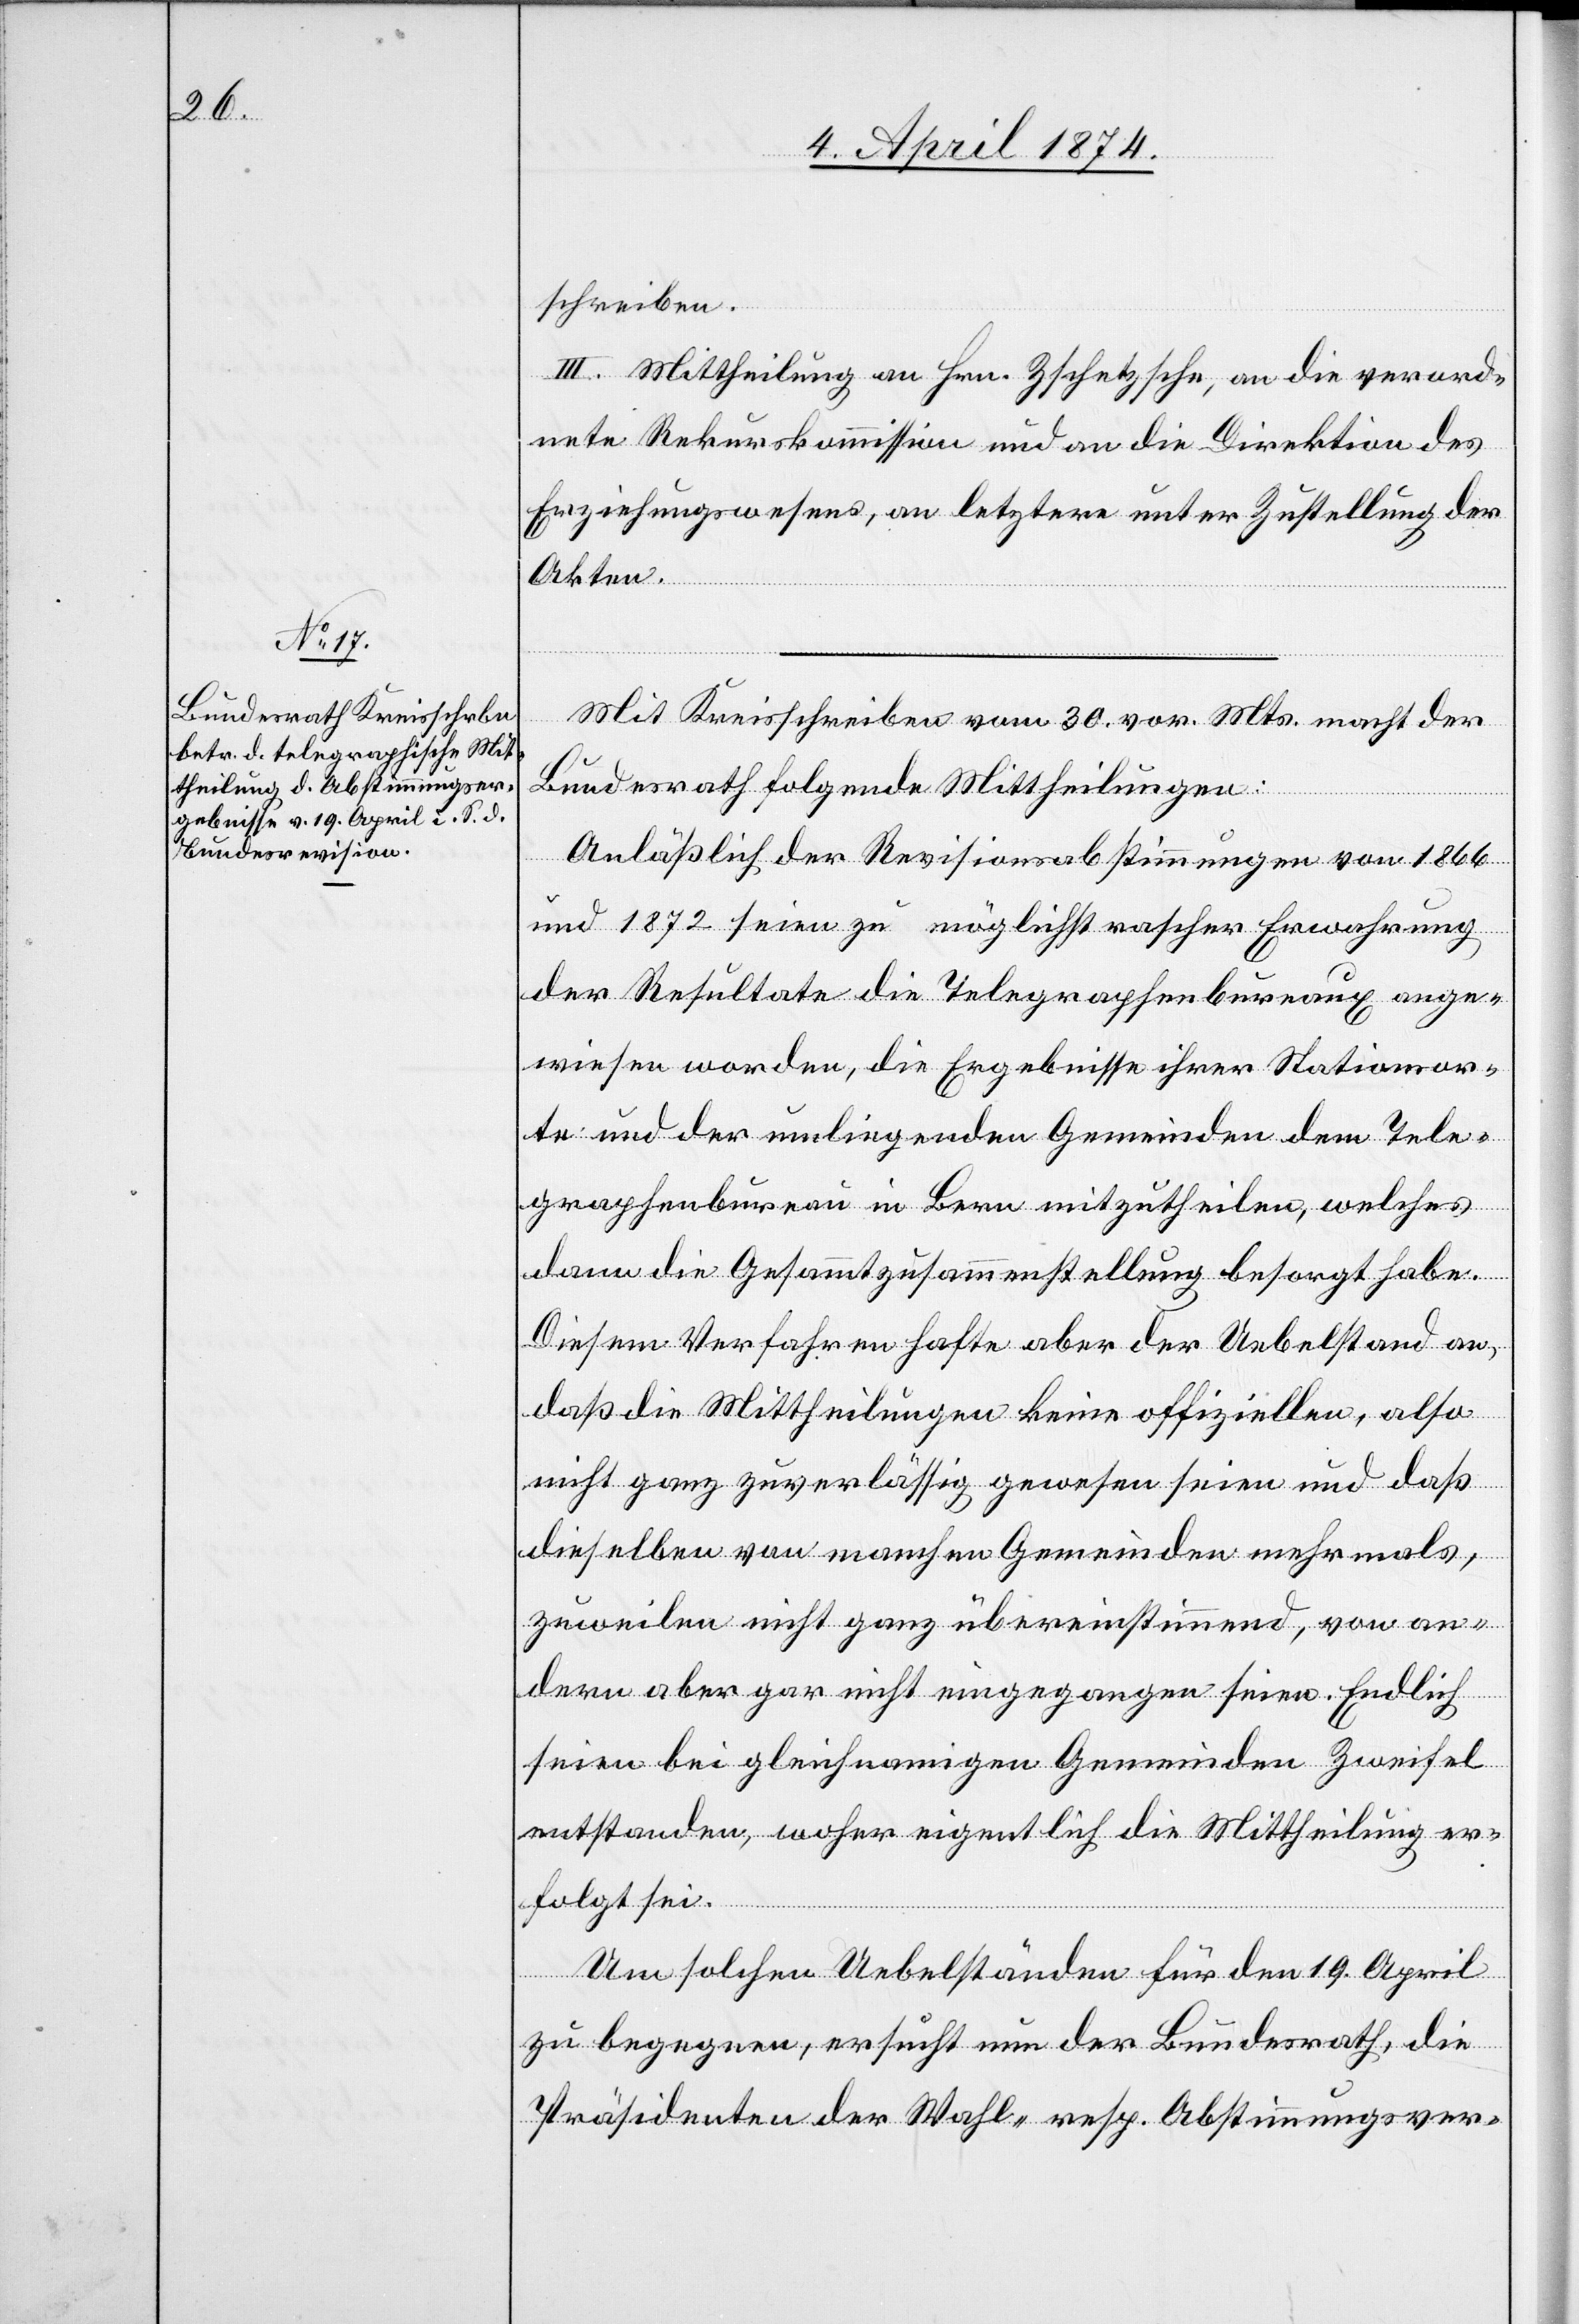
schreiben.
III. Mittheilung an Hrn. Zschetzsche, an die verord¬
nete Rekurskommission und an die Direktion des
Erziehungswesens, an letztere unter Zustellung der
Akten.
Mit Kreisschreiben vom 30. vor. Mts. macht der
Bundesrath folgende Mittheilungen:
Anläßlich der Revisionsabstimmungen von 1866
und 1872 seien zu möglichst rascher Erwahrung
der Resultate die Telegraphenbureaux ange¬
wiesen worden, die Ergebnisse ihrer Stationsor¬
te und der umliegenden Gemeinden dem Tele¬
graphenbureau in Bern mitzutheilen, welches
dann die Gesammtzusammenstellung besorgt habe.
Diesem Verfahren hafte aber der Uebelstand an,
daß die Mittheilungen keine offiziellen, also
nicht ganz zuverlässig gewesen seien und daß
dieselben von manchen Gemeinden mehrmals,
zuweilen nicht ganz übereinstimmend, von an¬
dern aber gar nicht eingegangen seien. Endlich
seien bei gleichnamigen Gemeinden Zweifel
entstanden, woher eigentlich die Mittheilung er¬
folgt sei.
Um solchen Uebelständen für den 19. April
zu begegnen, ersucht nun der Bundesrath, die
Präsidenten der Wahl- resp. Abstimmungsver-